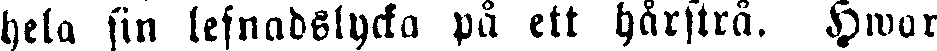
hela sin lefnndslycka på ett hårstrå. Hwar